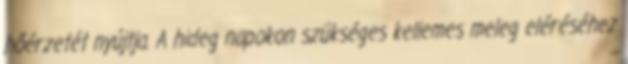
hőérzetét nyújtja. A hideg napokon szükséges kellemes meleg eléréséhez